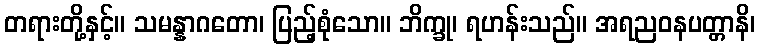
တရားတို့နှင့်။ သမန္နာဂတော၊ ပြည့်စုံသော။ ဘိက္ခု၊ ရဟန်းသည်။ အရညဝနပတ္တာနိ၊